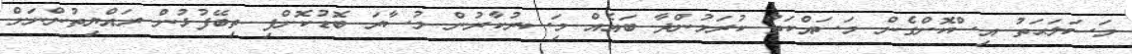
މަސަލަޙަތު އިސްކޮށްގެން މަސައްކަތް ކުރަމުންދާ ބައެއް މިަސރުކާރުން މުސާރަ ބޮޑުކޮށްފި ތިބޭފުޅުން ރައްޔިތުންނަށް